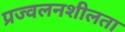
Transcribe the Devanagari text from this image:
प्रज्वलनशीलता